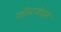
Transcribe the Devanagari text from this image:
सॉप्टवेअर